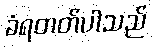
ခံရတတ်ပါသည်